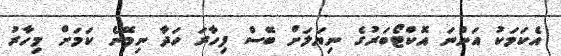
އެކަމަކު އަންނަ އޮކްޓޯބަރުގެ ނިޔަލަށް ބޭސް ފިހާރަ ހަދާ ނިމޭނެ ކަމަށް މިހާރު